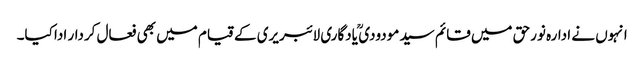
انہوں نے ادارہ نورحق میں قائم سید مودودی ؒ یادگاری لائبریری کے قیام میں بھی فعال کردار ادا کیا۔